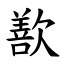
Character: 歚